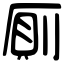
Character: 厠